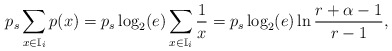
\begin{align*}p_s \sum_{x\in \mathbb{I}_i} p(x)=p_s \log_2(e) \sum_{x\in \mathbb{I}_i} \frac{1}{x}=p_s \log_2(e)\ln \frac{r+\alpha-1}{r-1},\end{align*}